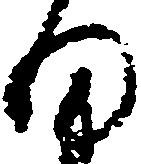
細